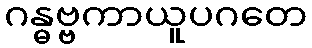
ဂန္ဓဗ္ဗကာယူပဂတေ